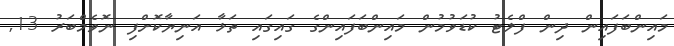
މައިންބަފައިން ދިން ފްލެޓު ކުޑަވުމުން މައިންބަފައިންގެ ގައިގައި ތަޅާ އަނިޔާކޮށްފި ނޮވެމްބަރު 13